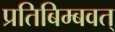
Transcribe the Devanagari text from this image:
प्रतिबिम्बवत्